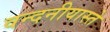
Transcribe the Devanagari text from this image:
वन्दनीयास्ते